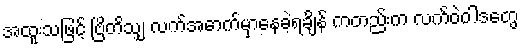
အထူးသဖြင့် ဗြိတိသျှ လက်အောက်မှာနေခဲ့ရချိန် ကတည်းက လက်ဝဲဝါဒတွေ